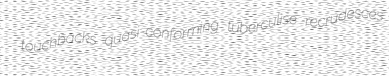
touchbacks quasi-conforming tuberculise recrudesces